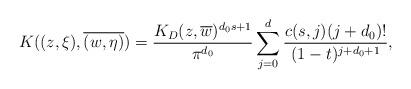
LaTeX: \begin{align*}K((z,\xi),\overline{(w, \eta)})=\frac{K_{D}(z,\overline{w})^{d_{0}s+1}}{\pi^{d_{0}}}\sum_{j=0}^{d}\frac{c(s,j)(j+d_{0})!}{(1-t)^{j+d_{0}+1}},\end{align*}